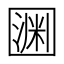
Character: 𡈛